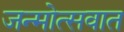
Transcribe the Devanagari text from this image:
जन्मोत्सवात